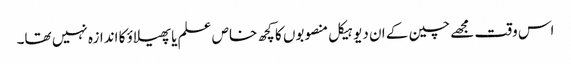
اس وقت مجھے چین کے ان دیو ہیکل منصوبوں کا کچھ خاص علم یا پھیلاؤ کا اندازہ نہیں تھا۔